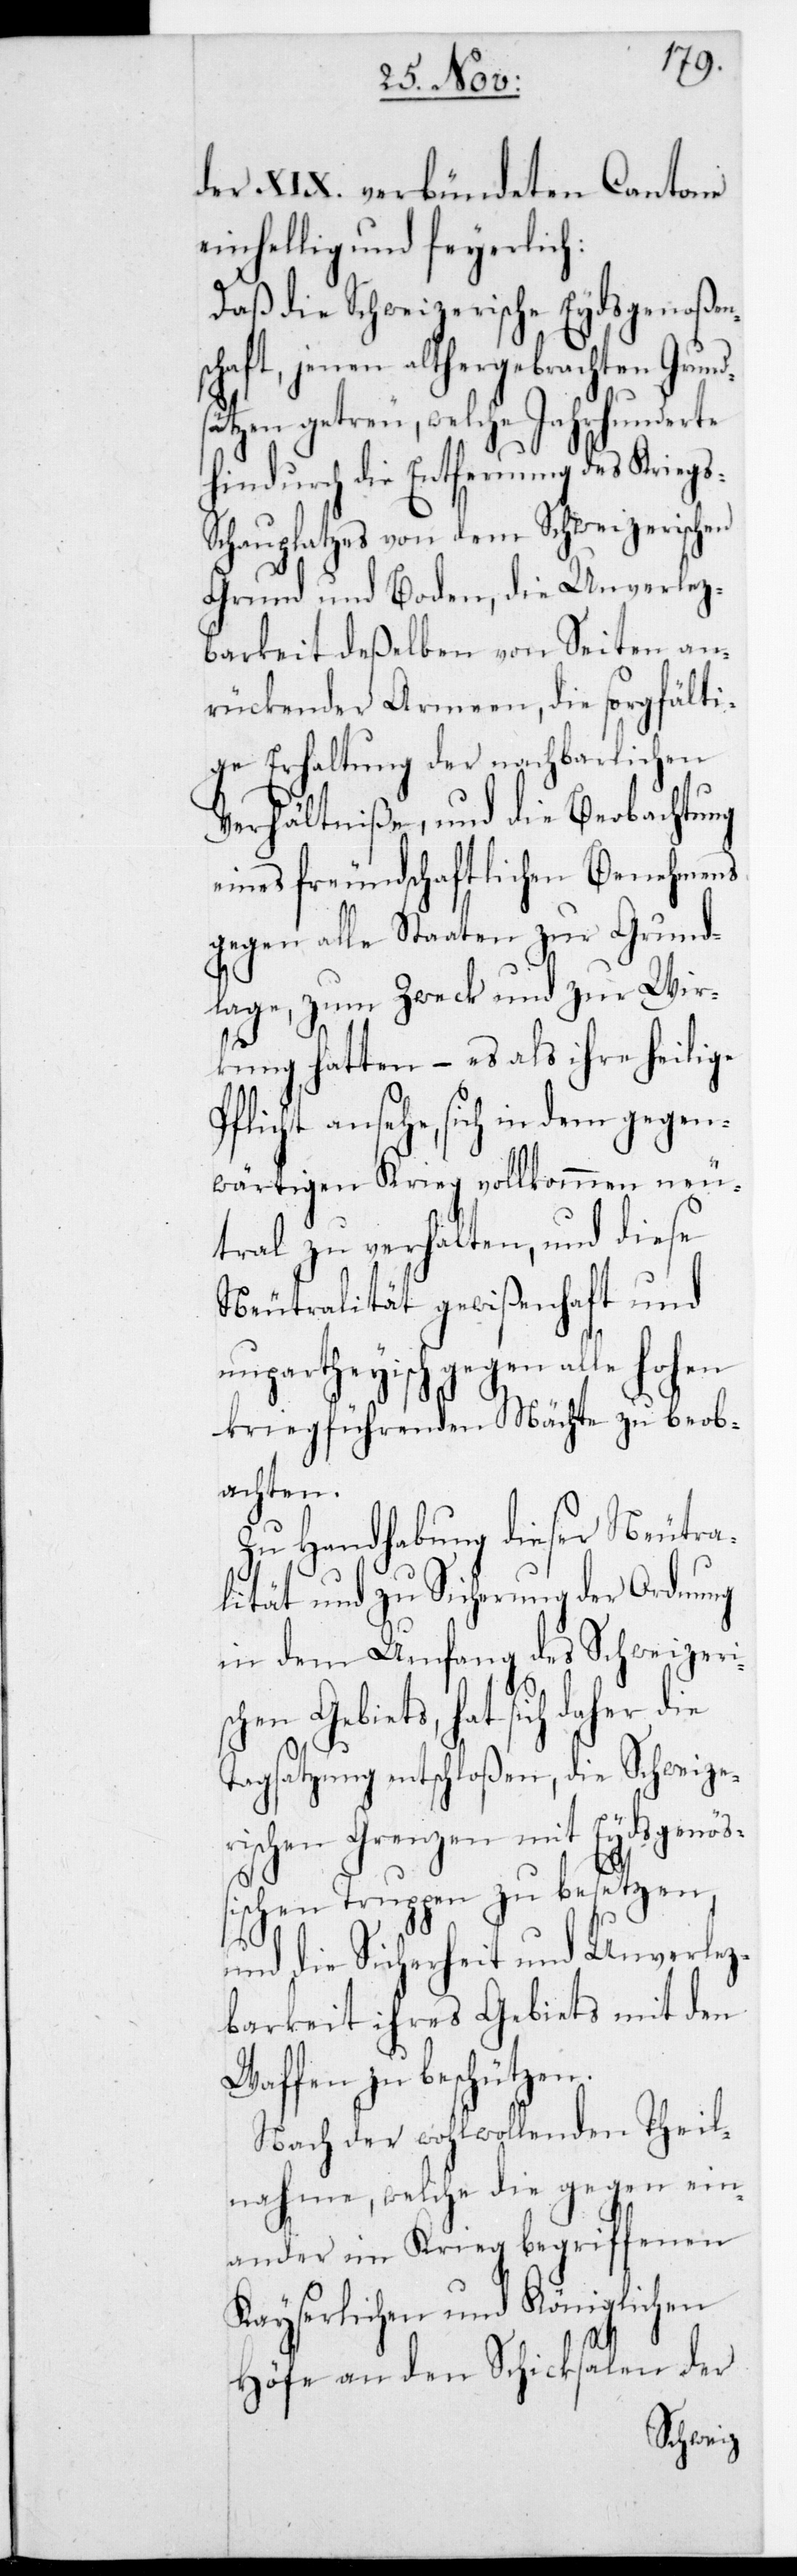
der XIX. verbündeten Cantone
einhellig und feierlich:
Daß die Schweizerische Eydsgenoßens¬
chaft, jenen althergebrachten Grund¬
sätzen getreu, welche Jahrhunderte
hindurch die Entfernung des Kriegs¬
schauplatzes von dem Schweizerischen
Grund und Boden, die Unverletz¬
barkeit deßelben von Seiten an¬
rückender Armeen, die sorgfälti¬
ge Erhaltung der nachbarlichen
Verhältniße und die Beobachtung
eines freundschaftlichen Benehmens
gegen alle Staaten zur Grund¬
lage, zum Zweck und zur Wir¬
kung hatten, – es als ihre heilige
ansehe, sich in dem gegen¬
wärtigen Krieg vollkommen neu¬
tral zu verhalten, und diese
Neutralität gewißenhaft und
unparteiisch gegen alle Hohen
kriegführenden Mächte zu beob¬
achten.
Zu Handhabung dieser Neutra¬
lität und zu Sicherung der Ordnung
in dem Umfang des Schweizeris¬
chen Gebiets, hat sich daher die
Tagsatzung entschloßen, die Schweize¬
rischen Grenzen mit Eydsgenößi¬
schen Truppen zu besetzen,
und die Sicherheit und Unverletz¬
barkeit ihres Gebiets mit den
Waffen zu beschützen.
Nach der wohlwollenden Theil¬
nahme, welche die gegen ein¬
ander im Krieg begriffenen
Kayserlichen und Königlichen
Höfe an den Schicksalen der